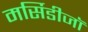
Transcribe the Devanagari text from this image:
मर्सिडीजॉ